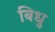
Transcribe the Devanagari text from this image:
बिधु